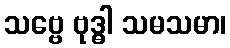
သဗ္ဗေ ဗုဒ္ဓါ သမသမာ၊